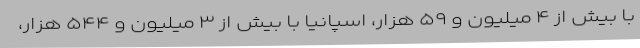
با بیش از ۴ میلیون و ۵۹ هزار، اسپانیا با بیش از ۳ میلیون و ۵۴۴ هزار،